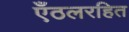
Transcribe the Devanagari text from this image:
एँठलरहित